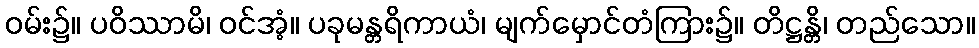
ဝမ်း၌။ ပဝိဿာမိ၊ ဝင်အံ့။ ပခုမန္တရိကာယံ၊ မျက်မှောင်တံကြား၌။ တိဋ္ဌန္တိ၊ တည်သော။